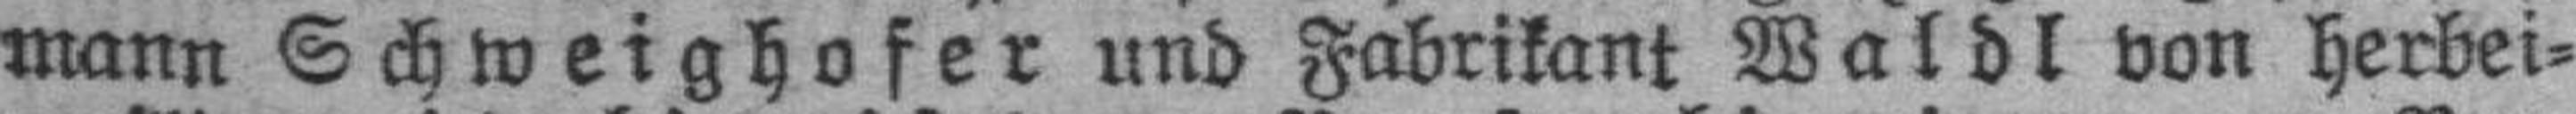
mann Schweighofer und Fabrikant Waldl von herbei¬